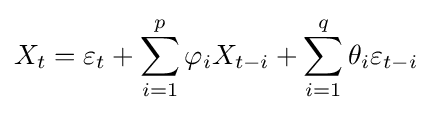
X_{t}=\varepsilon _{t}+\sum _{i=1}^{p}\varphi _{i}X_{t-i}+\sum _{i=1}^{q}\theta _{i}\varepsilon _{t-i}